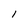
Character: 1